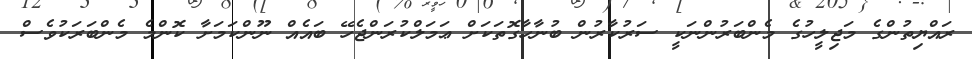
ރައްޔިތުންގެ މަޖިލީހުގެ މެންބަރުންނަކީ ސަރުކާރުން ބުނާހާގޮތަކަށް ޢަމަލްކުރަންޖެހޭ ބައެއް ނޫންކަމަށާ ކޮންމެ މެންބަރަކުވެސް